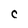
Character: C